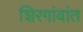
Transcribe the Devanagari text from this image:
शिरगांवांत